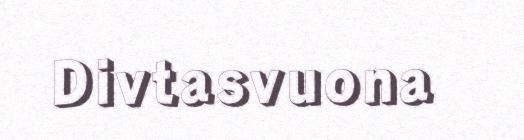
Divtasvuona